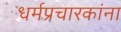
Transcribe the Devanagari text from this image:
धर्मप्रचारकांना